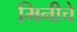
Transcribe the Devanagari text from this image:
मिनीचे